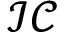
\mathcal { I C }